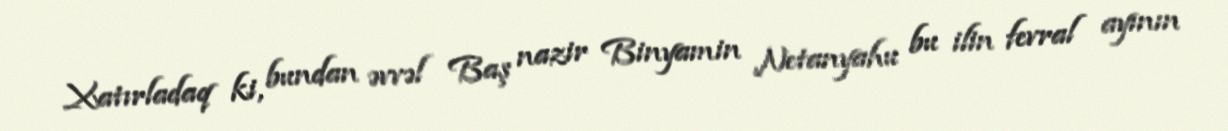
Xatırladaq ki, bundan əvvəl Baş nazir Binyamin Netanyahu bu ilin fevral ayının